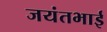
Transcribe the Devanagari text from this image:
जयंतभाई